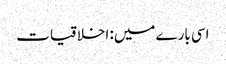
اسی بارے میں: اخلاقیات